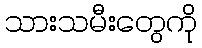
သားသမီးတွေကို